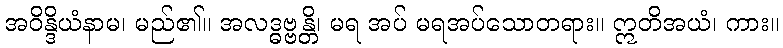
အဝိန္ဒိယံနာမ၊ မည်၏။ အလဒ္ဓဗ္ဗန္တိ၊ မရ အပ် မရအပ်သောတရား။ ဣတိအယံ၊ ကား။